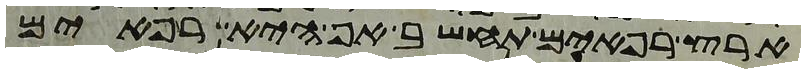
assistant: ארץ רפאים תחשב אף היא רפאים